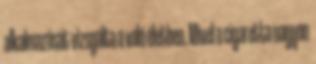
alkalmazását vizsgálta a való életben. Mivel a cigaretta nagyon